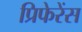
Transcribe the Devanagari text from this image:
प्रिफेरेंस